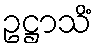
ဥဋ္ဌာသိံ